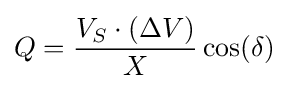
Q={\frac {V_{S}\cdot (\Delta V)}{X}}\cos(\delta )